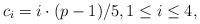
LaTeX: \begin{align*}c_i=i\cdot (p-1)/5, 1\le i\le 4,\end{align*}